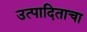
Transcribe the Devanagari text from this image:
उत्पादिताचा